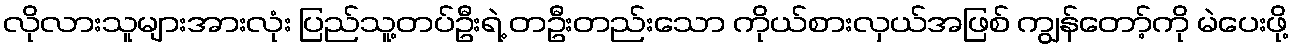
လိုလားသူများအားလုံး ပြည်သူ့တပ်ဦးရဲ့ တဦးတည်းသော ကိုယ်စားလှယ်အဖြစ် ကျွန်တော့်ကို မဲပေးဖို့